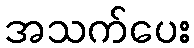
အသက်ပေး